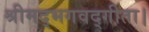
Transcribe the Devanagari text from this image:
श्रीमद्भगवद्गीता।